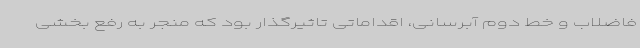
فاضلاب و خط دوم آبرسانی، اقداماتی تاثیرگذار بود که منجر به رفع بخشی